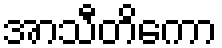
အာသီတိကော